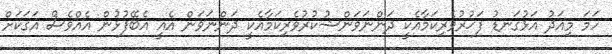
ހަމަ މިއަދު އަޅުގަނޑު ފަޚުރުވެރިކަމާއެކީ ދަންނަވަންޝުކުރުވެރިކަމާއެކީ ދަންނަވަން އެއީ އެބޭފުޅުން އެއްވެސް އަގަކަށް